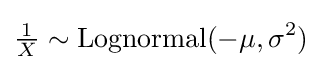
{\tfrac {1}{X}}\sim \operatorname {Lognormal} (-\mu ,\sigma ^{2})